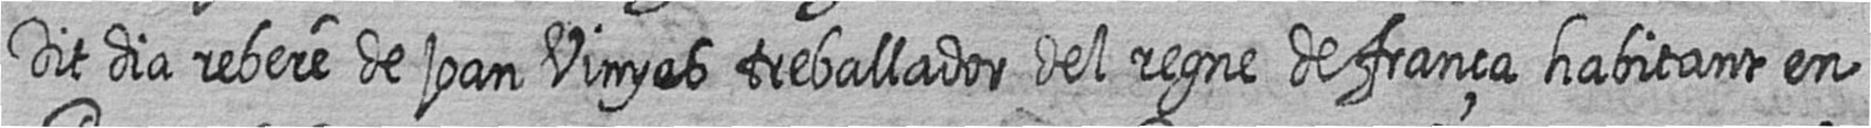
Dit dia rebere de joan Vinyes treballador del regne de frança habitant en